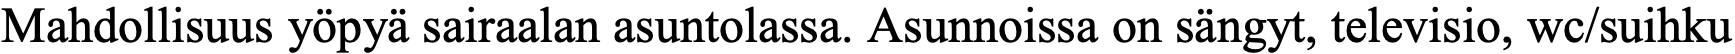
Mahdollisuus yöpyä sairaalan asuntolassa. Asunnoissa on sängyt, televisio, wc/suihku